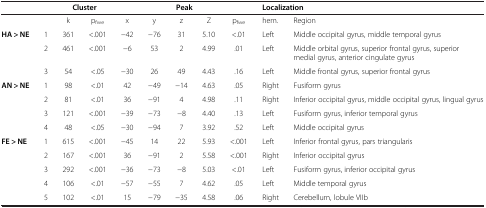
<table><thead><tr><td><b> </b></td><td><b> </b></td><td colspan="2"><b>Cluster</b></td><td colspan="5"><b>Peak</b></td><td colspan="2"><b>Localization</b></td></tr></thead><tbody><tr><td> </td><td> </td><td>k</td><td>p<sub>fwe</sub></td><td>x</td><td>y</td><td>z</td><td>Z</td><td>p<sub>fwe</sub></td><td>hem.</td><td>Region</td></tr><tr><td><b>HA &gt; NE</b></td><td>1</td><td>361</td><td>&lt;.001</td><td>-42</td><td>-76</td><td>31</td><td>5.10</td><td>&lt;.01</td><td>Left</td><td>Middle occipital gyrus, middle temporal gyrus</td></tr><tr><td> </td><td>2</td><td>461</td><td>&lt;.001</td><td>-6</td><td>53</td><td>2</td><td>4.99</td><td>.01</td><td>Left</td><td>Middle orbital gyrus, superior frontal gyrus, superior medial gyrus, anterior cingulate gyrus</td></tr><tr><td> </td><td>3</td><td>54</td><td>&lt;.05</td><td>-30</td><td>26</td><td>49</td><td>4.43</td><td>.16</td><td>Left</td><td>Middle frontal gyrus, superior frontal gyrus</td></tr><tr><td><b>AN &gt; NE</b></td><td>1</td><td>98</td><td>&lt;.01</td><td>42</td><td>-49</td><td>-14</td><td>4.63</td><td>.05</td><td>Right</td><td>Fusiform gyrus</td></tr><tr><td> </td><td>2</td><td>81</td><td>&lt;.01</td><td>36</td><td>-91</td><td>4</td><td>4.98</td><td>.11</td><td>Right</td><td>Inferior occipital gyrus, middle occipital gyrus, lingual gyrus</td></tr><tr><td> </td><td>3</td><td>121</td><td>&lt;.001</td><td>-39</td><td>-73</td><td>-8</td><td>4.40</td><td>.13</td><td>Left</td><td>Fusiform gyrus, inferior temporal gyrus</td></tr><tr><td> </td><td>4</td><td>48</td><td>&lt;.05</td><td>-30</td><td>-94</td><td>7</td><td>3.92</td><td>.52</td><td>Left</td><td>Middle occipital gyrus</td></tr><tr><td><b>FE &gt; NE</b></td><td>1</td><td>615</td><td>&lt;.001</td><td>-45</td><td>14</td><td>22</td><td>5.93</td><td>&lt;.001</td><td>Left</td><td>Inferior frontal gyrus, pars triangularis</td></tr><tr><td> </td><td>2</td><td>167</td><td>&lt;.001</td><td>36</td><td>-91</td><td>2</td><td>5.58</td><td>&lt;.001</td><td>Right</td><td>Inferior occipital gyrus</td></tr><tr><td> </td><td>3</td><td>292</td><td>&lt;.001</td><td>-36</td><td>-73</td><td>-8</td><td>5.03</td><td>&lt;.01</td><td>Left</td><td>Fusiform gyrus, inferior occipital gyrus</td></tr><tr><td> </td><td>4</td><td>106</td><td>&lt;.01</td><td>-57</td><td>-55</td><td>7</td><td>4.62</td><td>.05</td><td>Left</td><td>Middle temporal gyrus</td></tr><tr><td> </td><td>5</td><td>102</td><td>&lt;.01</td><td>15</td><td>-79</td><td>-35</td><td>4.58</td><td>.06</td><td>Right</td><td>Cerebellum, lobule VIIb</td></tr></tbody></table>